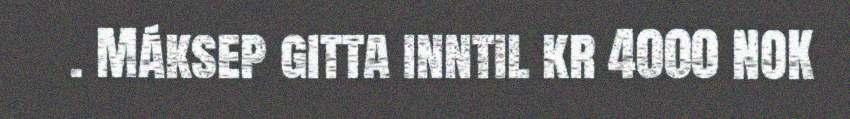
. Máksep gitta inntil kr 4000 NOK